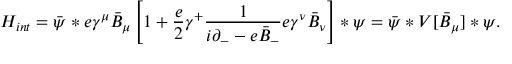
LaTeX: { H } _ { i n t } = \bar { \psi } * e \gamma ^ { \mu } \bar { B } _ { \mu } \left[ 1 + \frac { e } { 2 } \gamma ^ { + } \frac { 1 } { i \partial _ { - } - e \bar { B } _ { - } } e \gamma ^ { \nu } \bar { B } _ { \nu } \right] \ast \psi = \bar { \psi } \ast { \cal V } [ \bar { B } _ { \mu } ] \ast \psi .